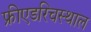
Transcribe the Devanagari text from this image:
फ्रीएडरिचस्थाल